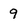
Character: 9